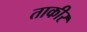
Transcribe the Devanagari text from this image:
ताकीर